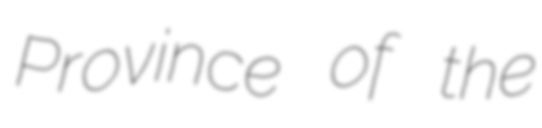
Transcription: Province of the